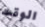
الوقت